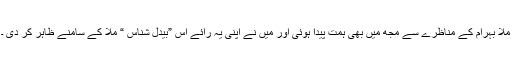
ملّا بہرام کے مناظرے سے مجھ میں بھی ہمت پیدا ہوئی اور میں نے اپنی یہ رائے اس ”بیدل شناس “ ملّا کے سامنے ظاہر کر دی ۔